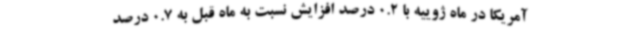
آمریکا در ماه ژوییه با 0.2 درصد افزایش نسبت به ماه قبل به 0.7 درصد